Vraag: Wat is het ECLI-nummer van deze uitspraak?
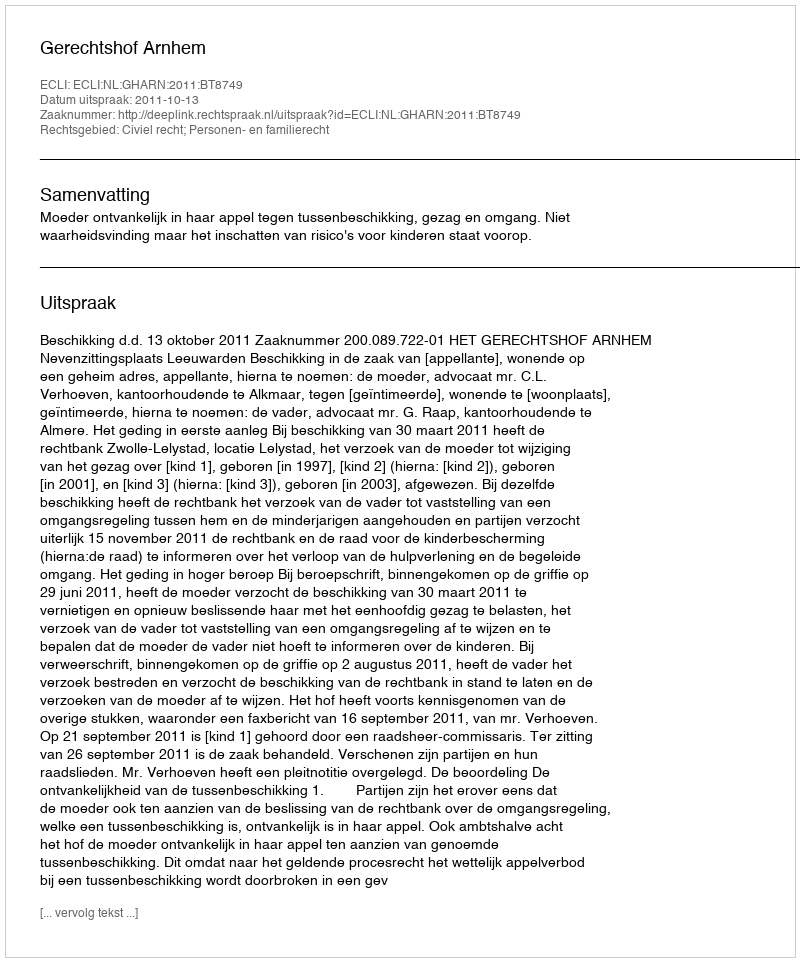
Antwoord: ECLI:NL:GHARN:2011:BT8749